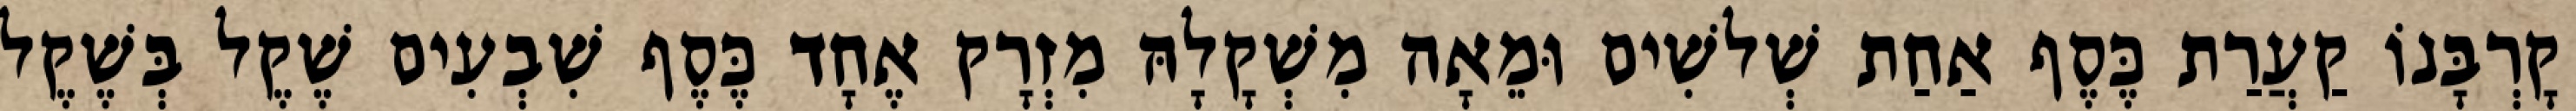
קָרְבָּנוֹ קַעֲרַת כֶּסֶף אַחַת שְׁלשִׁים וּמֵאָה מִשְׁקָלָהּ מִזְרָק אֶחָד כֶּסֶף שִׁבְעִים שֶׁקֶל בְּשֶׁקֶל